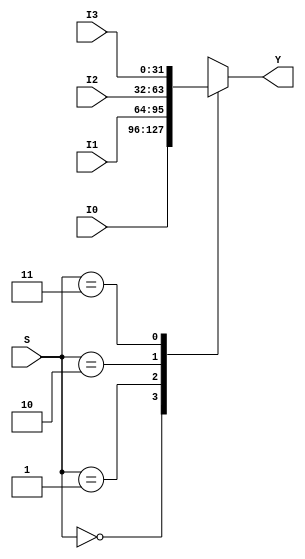
/////////
//Mux 4x1
/////////
module mux_4x1 (output reg [31:0] Y, input [1:0]S, input [31:0] I0, I1,I2, I3);
always @ (S, I0, I1, I2, I3)
case (S)
	2'b00: Y=I0;
	2'b01: Y=I1;
	2'b10: Y=I2;
	2'b11: Y=I3;
endcase
endmodule